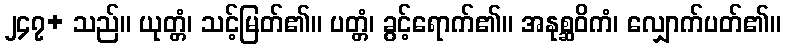
၂၄၇+ သည်။ ယုတ္တံ၊ သင့်မြတ်၏။ ပတ္တံ၊ ခွင့်ရောက်၏။ အနုစ္ဆဝိကံ၊ လျှောက်ပတ်၏။